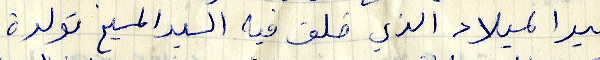
عيد الميلاد الذي خلق في المسيح تولدة